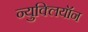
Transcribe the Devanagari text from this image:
न्युक्लियॉन